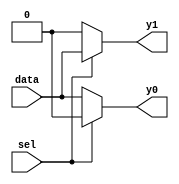
module demux_1_2(
	input sel,data,
	output reg y0,y1
);

always @(*) begin 

	y0 = (sel == 1'b0) ? data : 1'b0;
	y1 = (sel == 1'b1) ? data : 1'b0;
	
end 
endmodule  


module demux_1_4_using_1_2(
	input [1:0]sel,
	input data,
	output y0,y1,y2,y3
);

wire z1,z2;

demux_1_2 DM1(sel[1],data,z1,z2);
demux_1_2 DM2(sel[0],z1,y0,y1);
demux_1_2 DM3(sel[0],z2,y2,y3);
endmodule